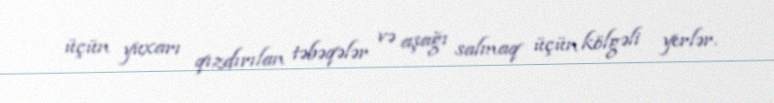
üçün yuxarı qızdırılan təbəqələr və aşağı salmaq üçün kölgəli yerlər.